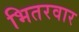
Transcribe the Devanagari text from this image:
भितरवार